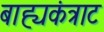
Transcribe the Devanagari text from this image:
बाह्यकंत्राट